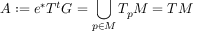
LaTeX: A : = e ^ { * } T ^ { t } G = \bigcup _ { p \in M } T _ { p } M = T M